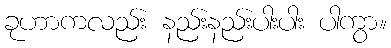
ခုဟာကလည်း နည်းနည်းပါးပါး ပါကွာ။